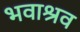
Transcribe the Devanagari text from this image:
भवाश्रव